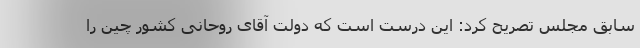
سابق مجلس تصریح کرد: این درست است که دولت آقای روحانی کشور چین را